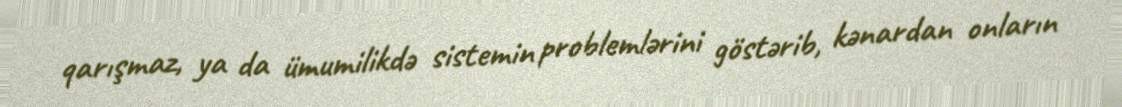
qarışmaz, ya da ümumilikdə sistemin problemlərini göstərib, kənardan onların